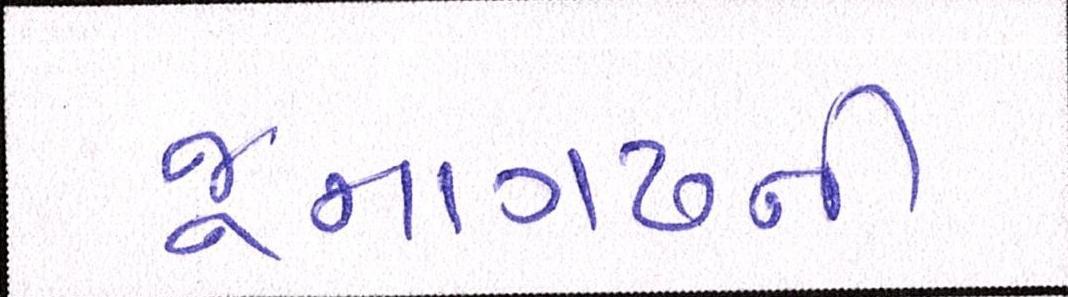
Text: જૂનાગઢની